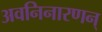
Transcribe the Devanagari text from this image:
अवनिनारणन्